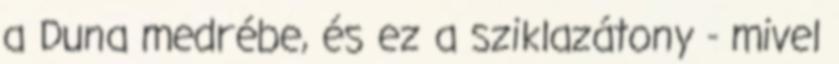
a Duna medrébe, és ez a sziklazátony - mivel